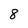
Character: 8